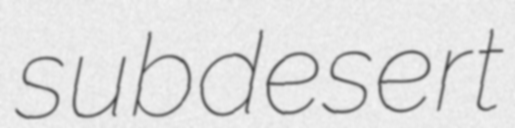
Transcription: subdesert